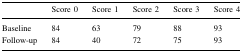
<table><thead><tr><td></td><td><b>Score 0</b></td><td><b>Score 1</b></td><td><b>Score 2</b></td><td><b>Score 3</b></td><td><b>Score 4</b></td></tr></thead><tbody><tr><td>Baseline</td><td>84</td><td>63</td><td>79</td><td>88</td><td>93</td></tr><tr><td>Follow-up</td><td>84</td><td>40</td><td>72</td><td>75</td><td>93</td></tr></tbody></table>